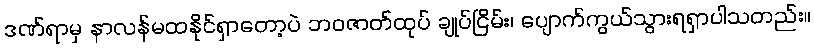
ဒဏ်ရာမှ နာလန်မထနိုင်ရှာတော့ပဲ ဘဝဇာတ်ထုပ် ချုပ်ငြိမ်း၊ ပျောက်ကွယ်သွားရရှာပါသတည်း။